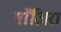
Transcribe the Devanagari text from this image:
गाॅज़िरा